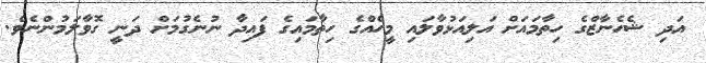
އަދި ޝެހެނާޒްގެ ހިތާމައަށް އަލިއަޅުވާލައި މީހެއްގެ ހިތާމައިގެ ފައިދާ ނުނެގުމަށް ދަނީ ގޮވާލަމުންނެވެ.